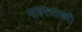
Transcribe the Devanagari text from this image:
सहस्‍त्राब्दी